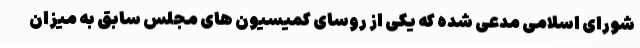
شورای اسلامی مدعی شده که یکی از روسای کمیسیون های مجلس سابق به میزان